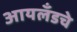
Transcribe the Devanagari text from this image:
आयलँडचे